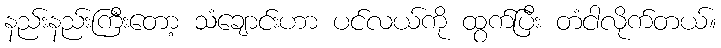
နည်းနည်းကြီးတော့ သံချောင်းဟာ ပင်လယ်ကို ထွက်ပြီး တံငါလိုက်တယ်။